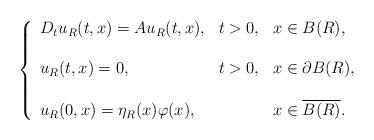
LaTeX: \begin{align*}\left\{\begin{array}{lll}D_tu_R(t,x)=Au_R(t,x), & t>0, & x\in B(R), \\\\u_R(t,x)=0, & t>0, & x\in\partial B(R), \\\\u_R(0,x)=\eta_R(x)\varphi(x), & & x\in \overline{B(R)}.\end{array}\right.\end{align*}